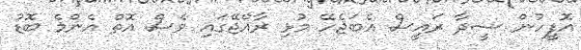
އޮފީހުން ސީދާ ރައީސް އެބަޖެހޭ މުޅި ރާއްޖޭގައި ވެސް އޮތް އެންމެ ބޮޑު